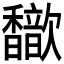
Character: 𫘃